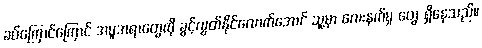
ခပ်ကြောင်ကြောင် အမူအရာတွေကို ခွင့်လွှတ်နိုင်လောက်အောင် သူ့မှာ လေးနက်မှု တွေ ရှိနေသည်။